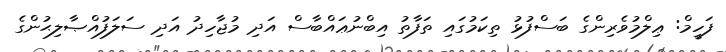
ފަހީމް: ޢިލްމުވެރިންގެ ބަސްފުޅު ތިކަމުގައި ތަފާތު އިބްނުޢައްބާސް އަދި މުޖާހިދު އަދި ސަލަފުއްޞާލިޙުންގެ